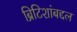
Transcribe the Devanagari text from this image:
ब्रिटिशांबद्दल